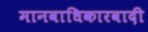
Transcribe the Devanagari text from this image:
मानवाधिकारवादी